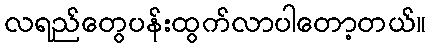
လရည်တွေပန်းထွက်လာပါတော့တယ်။